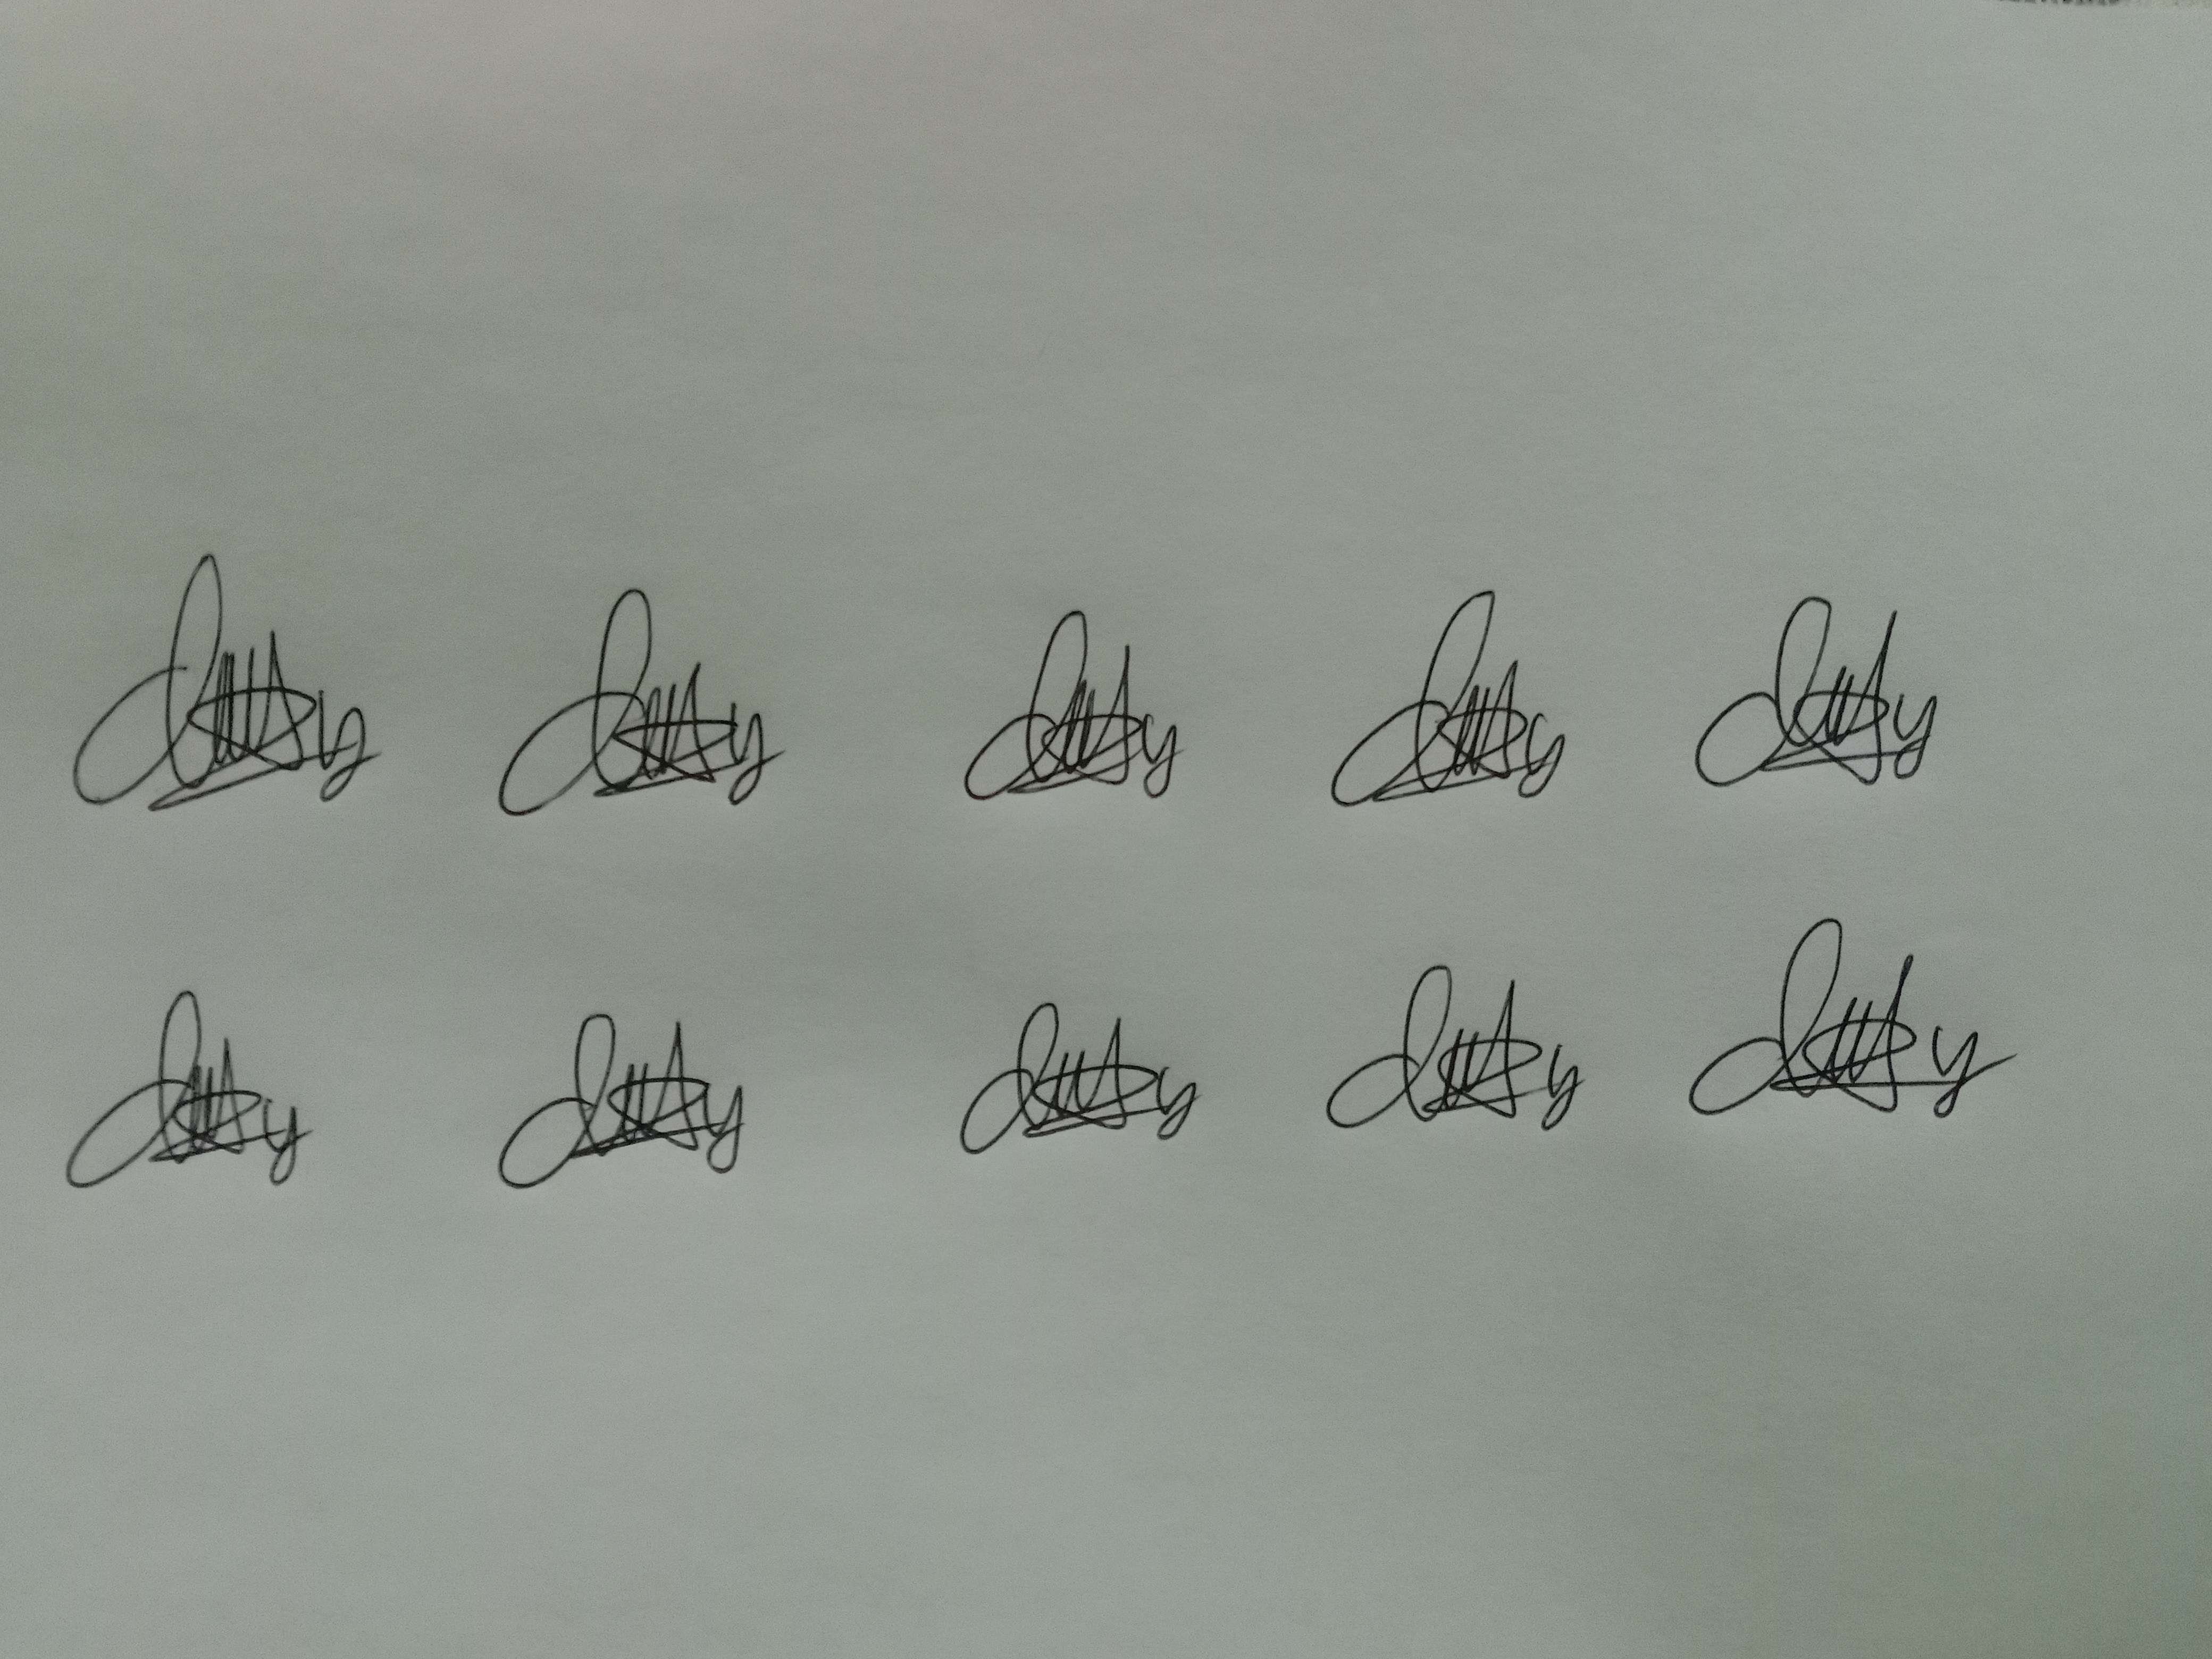
Signature authenticity: genuine